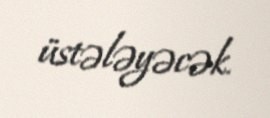
üstələyəcək.